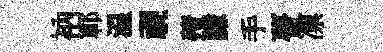
衲鄆温视殪謙手瞢凛